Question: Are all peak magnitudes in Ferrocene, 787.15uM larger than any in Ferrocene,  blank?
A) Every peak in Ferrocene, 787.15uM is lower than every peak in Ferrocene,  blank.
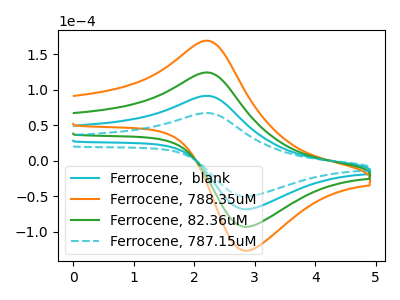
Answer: <think>The cyan curve "Ferrocene,  blank" has an anodic peak at (2.20V, 91.20uA) and a cathodic peak at (2.90V, -68.55uA). The orange curve "Ferrocene, 788.35uM" has an anodic peak at (2.20V, 273.60uA) and a cathodic peak at (2.90V, -205.60uA). The green curve "Ferrocene, 82.36uM" has an anodic peak at (2.20V, 182.40uA) and a cathodic peak at (2.90V, -137.05uA). The cyan dashed curve "Ferrocene, 787.15uM" has an anodic peak at (2.20V, 67.00uA) and a cathodic peak at (2.90V, -50.35uA).</think>
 <answer>A) Every peak in "Ferrocene, 787.15uM" is lower than every peak in "Ferrocene,  blank".</answer>
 <eval>A</eval>